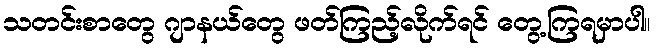
သတင်းစာတွေ ဂျာနယ်တွေ ဖတ်ကြည့်လိုက်ရင် တွေ့ကြရမှာပါ။